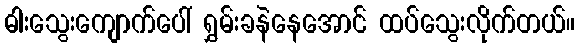
ဓါးသွေးကျောက်ပေါ် ရွှမ်းခနဲနေအောင် ထပ်သွေးလိုက်တယ်။